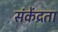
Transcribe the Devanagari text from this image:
संकेंद्रता